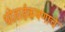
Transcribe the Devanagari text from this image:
धंदेवाईकपणाचे